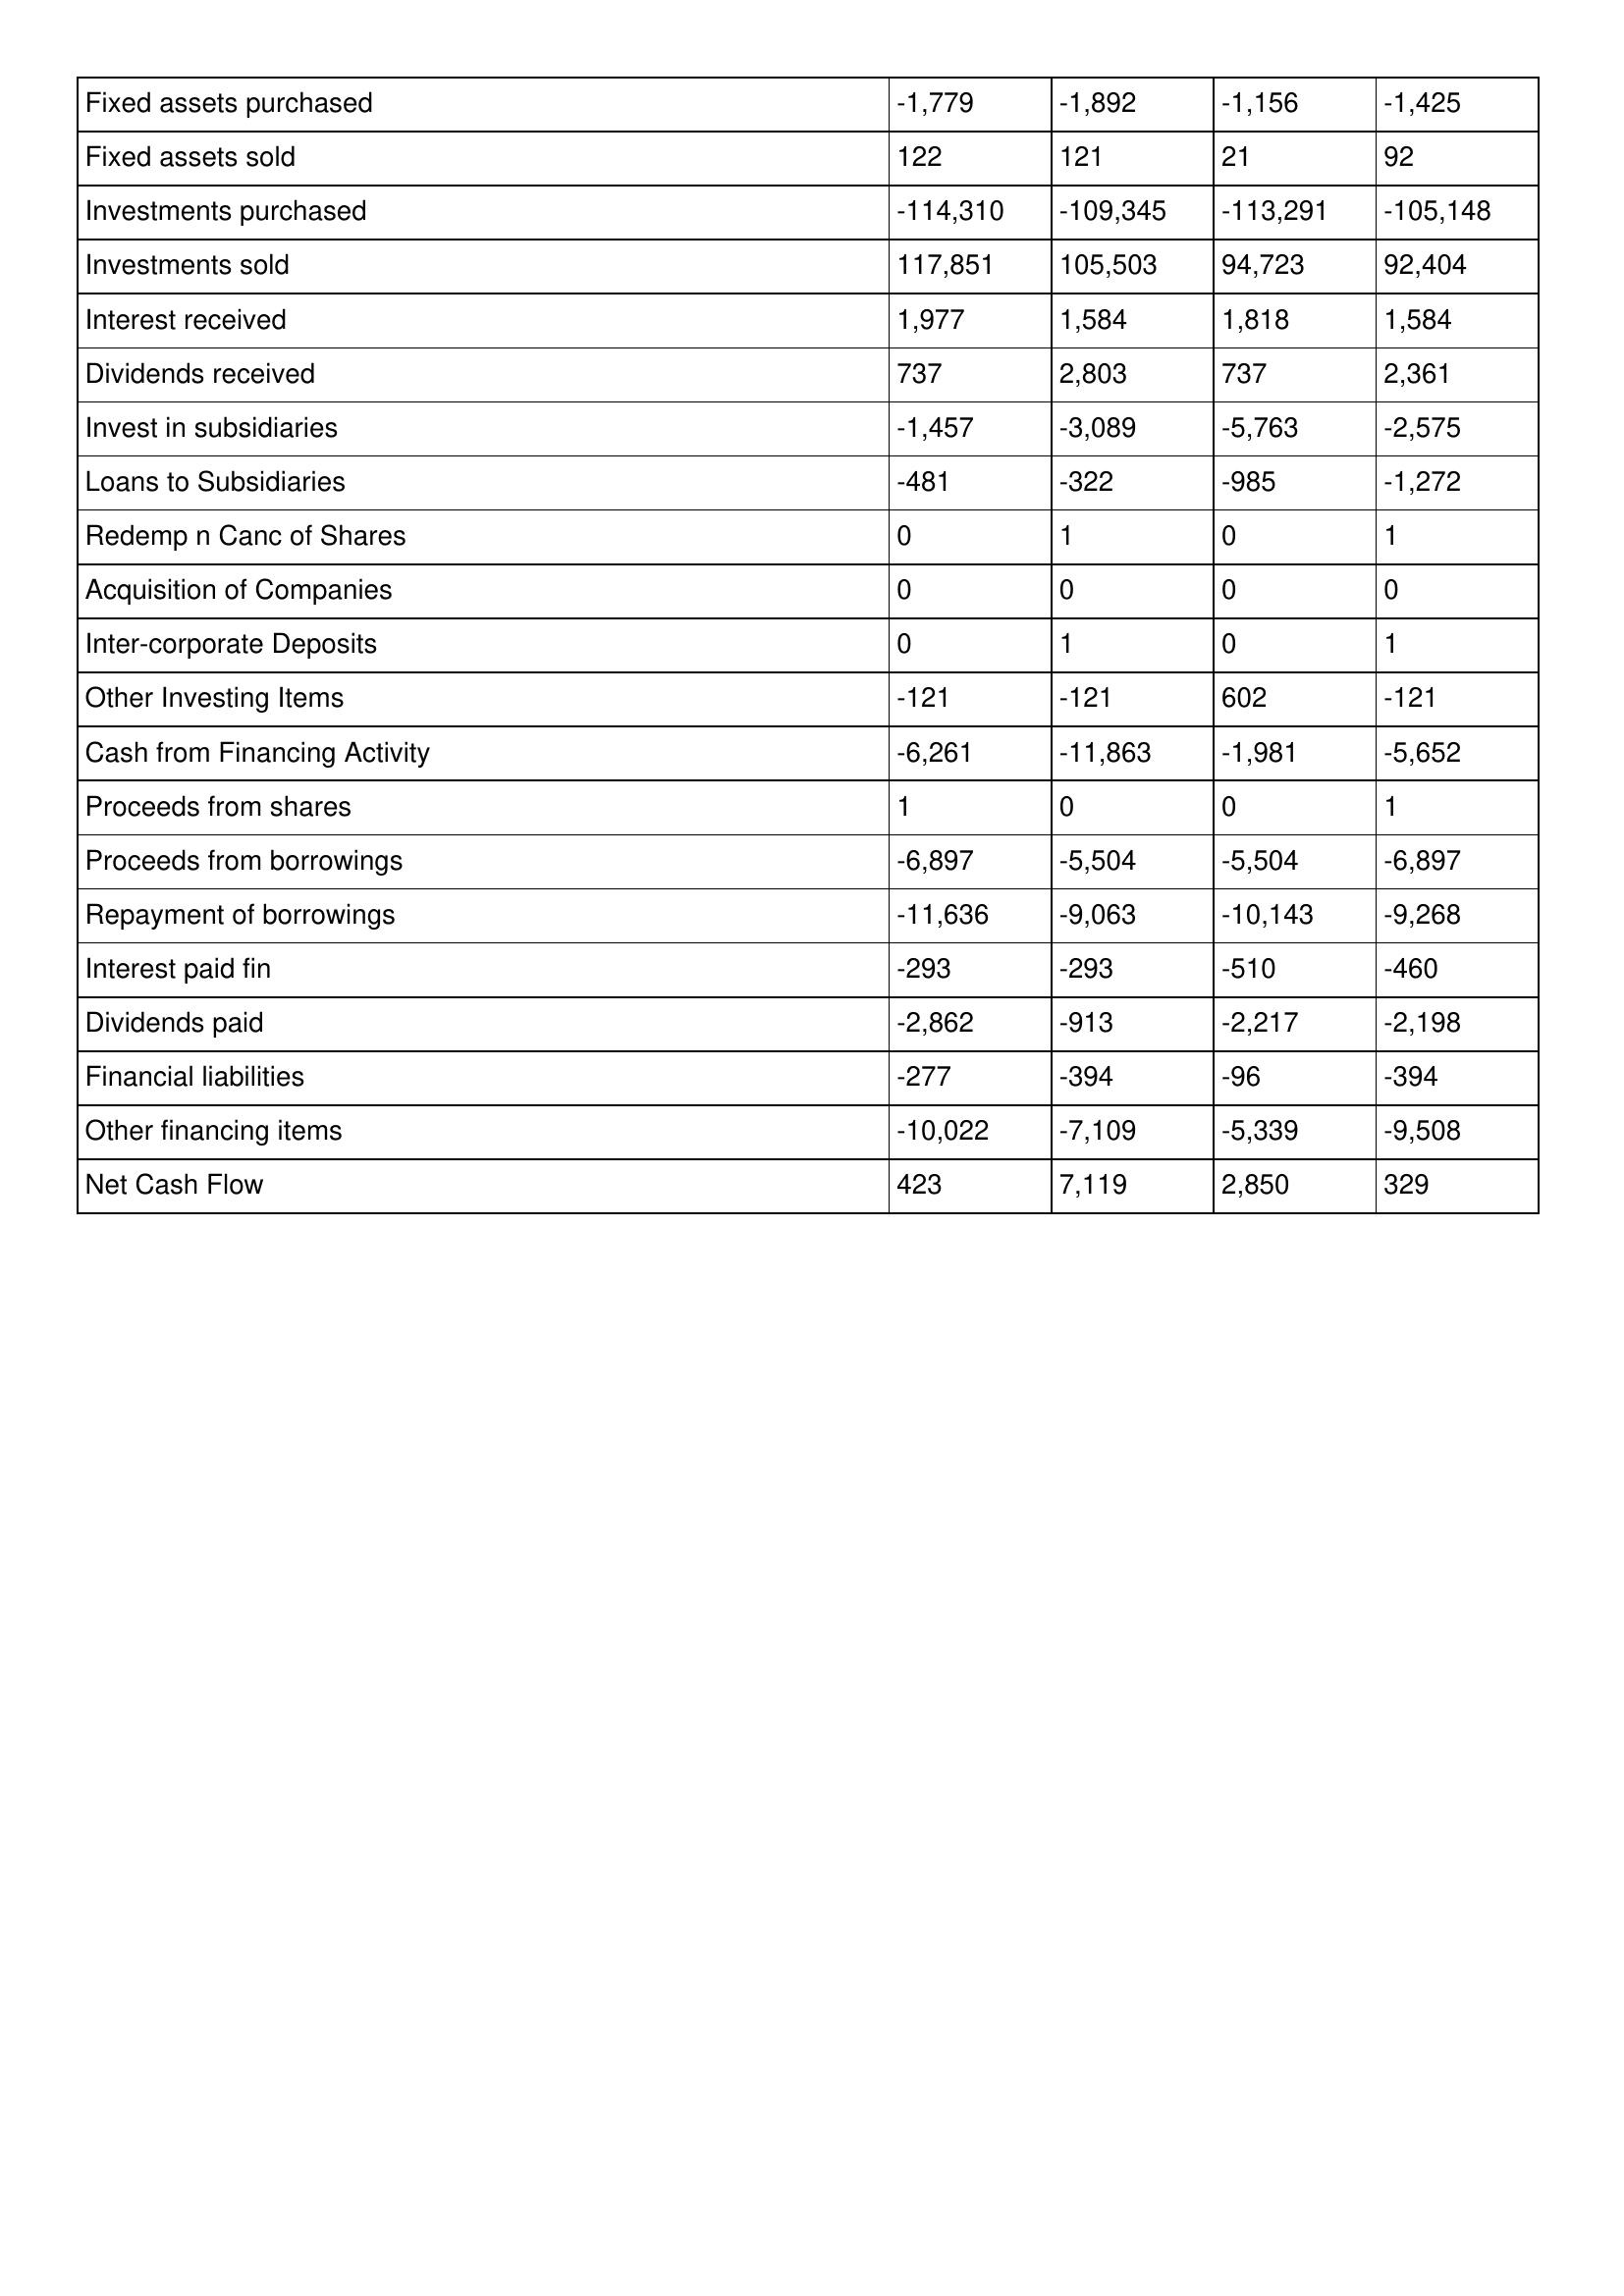
gt_parse: 2016: Cash Flows: Fixed assets purchased: -1,779
Fixed assets sold: 122
Investments purchased: -114,310
Investments sold: 117,851
Interest received: 1,977
Dividends received: 737
Invest in subsidiaries: -1,457
Loans to Subsidiaries: -481
Redemp n Canc of Shares: 0
Acquisition of Companies: 0
Inter-corporate Deposits: 0
Other Investing Items: -121
Cash from Financing Activity: -6,261
Proceeds from shares: 1
Proceeds from borrowings: -6,897
Repayment of borrowings: -11,636
Interest paid fin: -293
Dividends paid: -2,862
Financial liabilities: -277
Other financing items: -10,022
Net Cash Flow: 423
2015: Cash Flows: Fixed assets purchased: -1,892
Fixed assets sold: 121
Investments purchased: -109,345
Investments sold: 105,503
Interest received: 1,584
Dividends received: 2,803
Invest in subsidiaries: -3,089
Loans to Subsidiaries: -322
Redemp n Canc of Shares: 1
Acquisition of Companies: 0
Inter-corporate Deposits: 1
Other Investing Items: -121
Cash from Financing Activity: -11,863
Proceeds from shares: 0
Proceeds from borrowings: -5,504
Repayment of borrowings: -9,063
Interest paid fin: -293
Dividends paid: -913
Financial liabilities: -394
Other financing items: -7,109
Net Cash Flow: 7,119
2014: Cash Flows: Fixed assets purchased: -1,156
Fixed assets sold: 21
Investments purchased: -113,291
Investments sold: 94,723
Interest received: 1,818
Dividends received: 737
Invest in subsidiaries: -5,763
Loans to Subsidiaries: -985
Redemp n Canc of Shares: 0
Acquisition of Companies: 0
Inter-corporate Deposits: 0
Other Investing Items: 602
Cash from Financing Activity: -1,981
Proceeds from shares: 0
Proceeds from borrowings: -5,504
Repayment of borrowings: -10,143
Interest paid fin: -510
Dividends paid: -2,217
Financial liabilities: -96
Other financing items: -5,339
Net Cash Flow: 2,850
2013: Cash Flows: Fixed assets purchased: -1,425
Fixed assets sold: 92
Investments purchased: -105,148
Investments sold: 92,404
Interest received: 1,584
Dividends received: 2,361
Invest in subsidiaries: -2,575
Loans to Subsidiaries: -1,272
Redemp n Canc of Shares: 1
Acquisition of Companies: 0
Inter-corporate Deposits: 1
Other Investing Items: -121
Cash from Financing Activity: -5,652
Proceeds from shares: 1
Proceeds from borrowings: -6,897
Repayment of borrowings: -9,268
Interest paid fin: -460
Dividends paid: -2,198
Financial liabilities: -394
Other financing items: -9,508
Net Cash Flow: 329